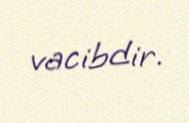
vacibdir.